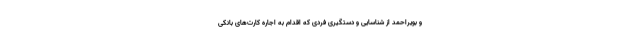
و بویراحمد از شناسایی و دستگیری فردی که اقدام به اجاره کارت‌های بانکی